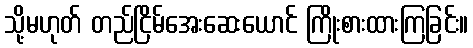
သို့မဟုတ် တည်ငြိမ်အေးဆေးယောင် ကြိုးစားထားကြခြင်း။